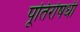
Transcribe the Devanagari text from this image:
पूतिरोषधी